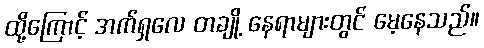
ထို့ကြောင့် အက်ရှလေ တချို့ နေရာများတွင် မေ့နေသည်။